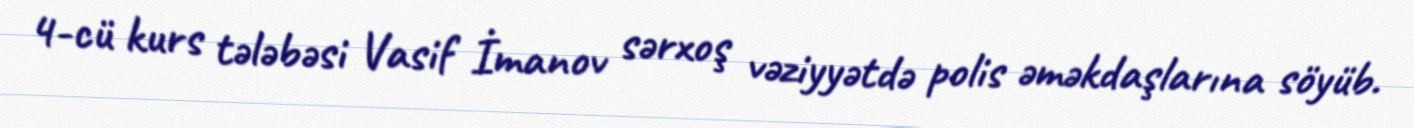
4-cü kurs tələbəsi Vasif İmanov sərxoş vəziyyətdə polis əməkdaşlarına söyüb.